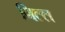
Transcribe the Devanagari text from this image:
गिल्ल